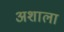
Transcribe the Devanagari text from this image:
अशाला